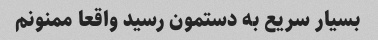
بسیار سریع به دستمون رسید واقعا ممنونم